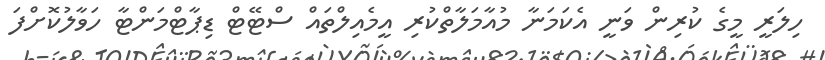
ހިލަރީ މީގެ ކުރިން ވަނީ އެކަމަނާ މުއާމަލާތްކުރި އީމެއިލްތައް ސްޓޭޓް ޑިޕާޓްމަންޓާ ހަވާލުކޮށްފަ